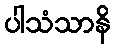
ပါသံသာနိ